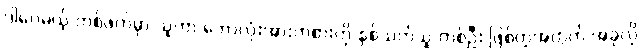
ဒါပေမယ့် တစ်ဖက်မှာ သူဟာ ဘောလုံးအားကစားကို နှစ်သက်သူ တစ်ဦး ဖြစ်တဲ့အတွက် အခုလို